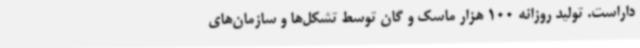
داراست. تولید روزانه 100 هزار ماسک و گان توسط تشکل‌ها و سازمان‌های